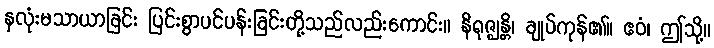
နှလုံးမသာယာခြင်း ပြင်းစွာပင်ပန်းခြင်းတို့သည်လည်းကောင်း။ နိရုဇ္ဈန္တိ၊ ချုပ်ကုန်၏။ ဧဝံ၊ ဤသို့။